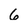
Character: 6